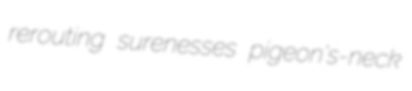
rerouting surenesses pigeon's-neck